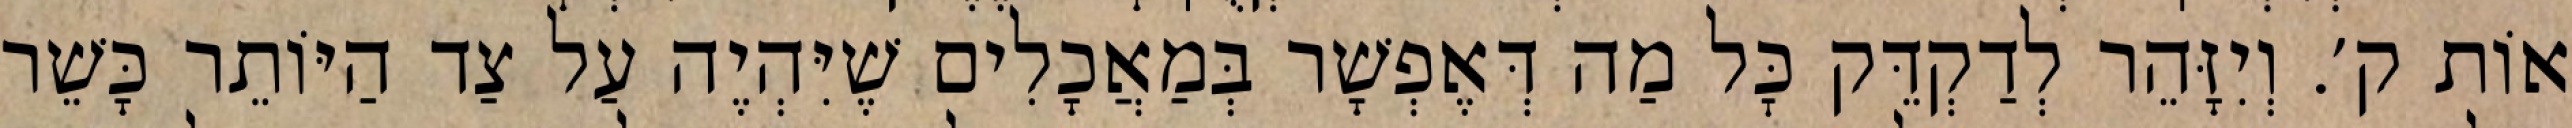
אוֹת ק׳. וְיִזָּהֵר לְדַקְדֵּק כׇּל מַה דְּאֶפְשָׁר בְּמַאֲכָלִים שֶׁיִּהְיֶה עַל צַד הַיּוֹתֵר כָּשֵׁר